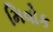
મિવોક